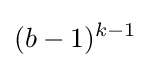
(b-1)^{k-1}